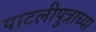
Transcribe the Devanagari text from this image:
पाटलीपुत्राच्या